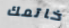
خاتمك